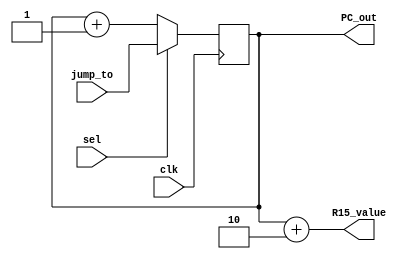
`timescale 1ns / 1ps

module pc_module(
		input clk,
		input sel,
		input[7:0] jump_to,
		output[7:0] R15_value,
		output reg[7:0] PC_out
    );
	
	wire[7:0] mux_out;
	

	always @(posedge clk) begin
		PC_out <= mux_out;
	end

	assign mux_out = sel ? jump_to : PC_out+1; 
	assign R15_value = PC_out+2;
	
endmodule